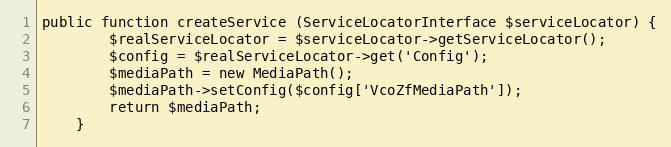
Language: PHP
public function createService (ServiceLocatorInterface $serviceLocator) {
        $realServiceLocator = $serviceLocator->getServiceLocator();
        $config = $realServiceLocator->get('Config');
        $mediaPath = new MediaPath();
        $mediaPath->setConfig($config['VcoZfMediaPath']);
        return $mediaPath;
    }